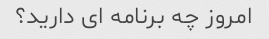
امروز چه برنامه ای دارید؟